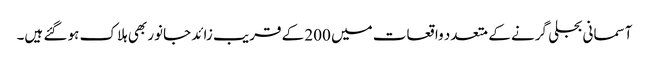
آسمانی بجلی گرنے کے متعدد واقعات میں 200 کے قریب زائد جانور بھی ہلاک ہو گئے ہیں۔